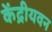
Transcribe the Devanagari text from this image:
केंद्रीयवन